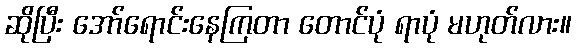
ဆိုပြီး အော်ရောင်းနေကြတာ တောင်ပုံ ရာပုံ မဟုတ်လား။